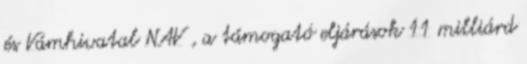
és Vámhivatal NAV , a támogató eljárások 11 milliárd